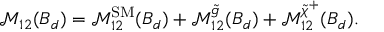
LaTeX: \mathcal { M } _ { 1 2 } ( B _ { d } ) = \mathcal { M } _ { 1 2 } ^ { \mathrm { S M } } ( B _ { d } ) + \mathcal { M } _ { 1 2 } ^ { \tilde { g } } ( B _ { d } ) + \mathcal { M } _ { 1 2 } ^ { \tilde { \chi } ^ { + } } ( B _ { d } ) .